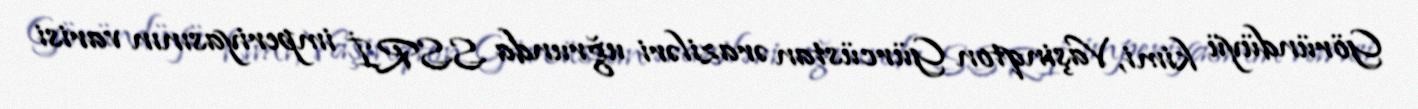
Göründüyü kimi, Vaşinqton Gürcüstan əraziləri uğrunda SSRİ imperiyasının varisi